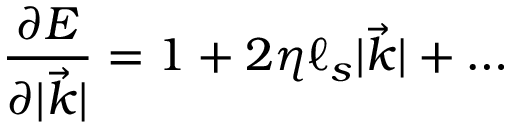
\frac { \partial E } { \partial | { \vec { k } } | } = 1 + 2 \eta \ell _ { s } | { \vec { k } } | + \dots